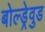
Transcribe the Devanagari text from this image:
बोल्ड्रेवुड